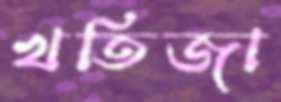
খতিজা